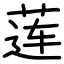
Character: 莲